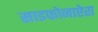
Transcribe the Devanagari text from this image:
साइफोनाप्टेरा